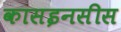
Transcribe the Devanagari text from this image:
कासइनसीस